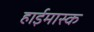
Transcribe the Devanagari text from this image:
हाईमास्क